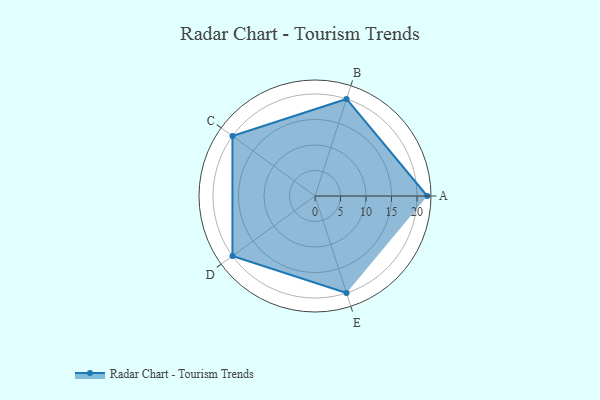
{"axis": {"x": "Skill", "y": "Score"}, "legend": ["Profile"], "data": [{"x": "A", "y": 22.0, "type": "Profile"}, {"x": "B", "y": 20, "type": "Profile"}, {"x": "C", "y": 20, "type": "Profile"}, {"x": "D", "y": 20, "type": "Profile"}, {"x": "E", "y": 20, "type": "Profile"}]}